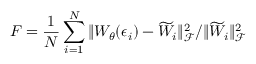
F = \frac { 1 } { N } \sum _ { i = 1 } ^ { N } \| W _ { \theta } ( \epsilon _ { i } ) - \widetilde { W } _ { i } \| _ { \mathcal { F } } ^ { 2 } / \| \widetilde { W } _ { i } \| _ { \mathcal { F } } ^ { 2 }